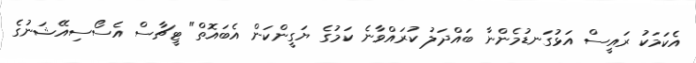
އެކަމަކު ރައީސް އަޅުގަނޑުމެންނާ ބައްދަލު ކުރައްވާނެ ކަމުގެ ޔަގީންކަން އެބައޮތް" ޓީޗާސް އެސޯސިއޭޝަނުގެ